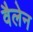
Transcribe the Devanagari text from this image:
वैलेन